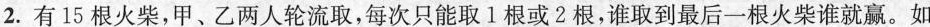
2.有15根火柴，甲、乙两人轮流取，每次只能取1根或2根，谁取到最后一根火柴谁就赢。如